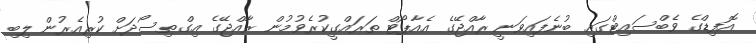
އޮފިޑްގެ ވެބްސައިޓްގައި ބުނެފައިވަނީ ރާއްޖޭގެ އެއާޕޯޓް ތަރައްގީކުރެވުމުން ރާއްޖޭގެ އިގްތިސޯދަށް ކުރިއެރުން ލިބި